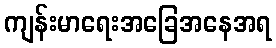
ကျန်းမာရေးအခြေအနေအရ